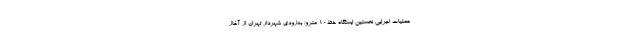
عملیات اجرایی نخستین ایستگاه خط١٠ مترو؛ به‌زودی شهردار تهران از آغاز